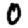
Digit: 0